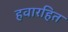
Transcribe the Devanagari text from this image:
हवारहित